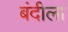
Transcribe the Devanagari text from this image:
बंदीला